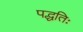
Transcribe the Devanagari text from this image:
पद्धतिः